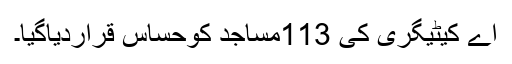
اے کیٹیگری کی 113مساجد کوحساس قراردیاگیا۔